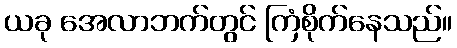
ယခု အေလာဘက်တွင် ကြံစိုက်နေသည်။